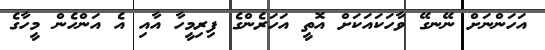
އަހަންނަށް ނޭނގޭ ވާހަކައަކަށް އޮތީ އަހަރެންގެ ފިރިމީހާ އާއި އެ އަންހެން މީހާގެ